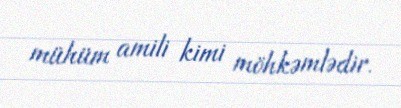
mühüm amili kimi möhkəmlədir.